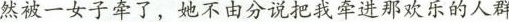
然被一女子牵了，她不由分说把我牵进那欢乐的人群